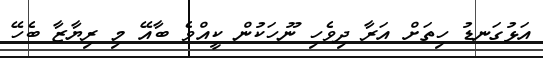
އަޅުގަނޑު ހިތަށް އަރާ ދިވެހި ނޫހަކުން ކީއްވެ ބާއޭ މި ރިޔާޒާ ބެހޭ